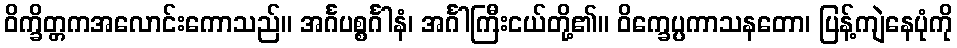
ဝိက္ခိတ္တကအလောင်းကောသည်။ အင်္ဂပစ္စင်္ဂါနံ၊ အင်္ဂါကြီးငယ်တို့၏။ ဝိက္ခေပ္ပကာသနတော၊ ပြန့်ကျဲနေပုံကို